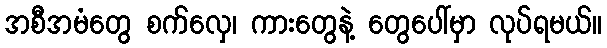
အစီအမံတွေ စက်လှေ၊ ကားတွေနဲ့ တွေပေါ်မှာ လုပ်ရမယ်။